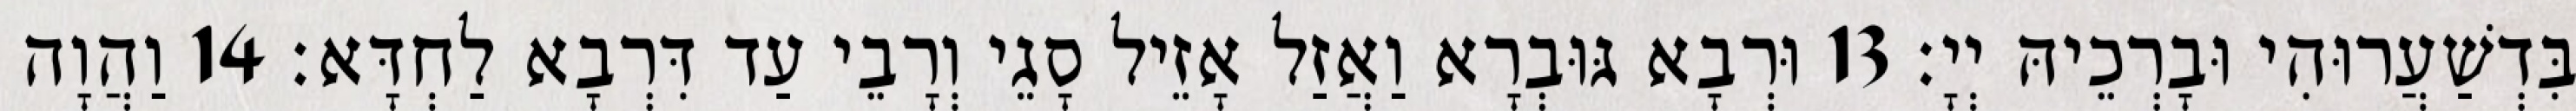
בִּדְשַׁעֲרוּהִי וּבָרְכֵיהּ יְיָ׃ 13 וּרְבָא גּוּבְרָא וַאֲזַל אָזֵיל סָגֵי וְרָבֵי עַד דִּרְבָא לַחְדָּא׃ 14 וַהֲוָה